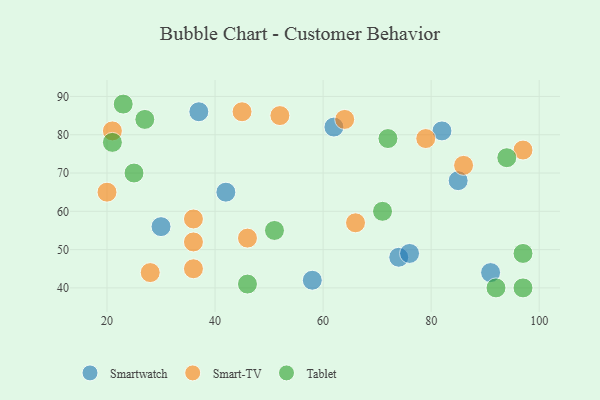
{"axis": {"x": "GDP", "y": "Life Expectancy"}, "legend": ["Smart-TV", "Smartwatch", "Tablet"], "data": [{"x": "62", "y": 82, "type": "Smartwatch"}, {"x": "74", "y": 48, "type": "Smartwatch"}, {"x": "37", "y": 86, "type": "Smartwatch"}, {"x": "85", "y": 68, "type": "Smartwatch"}, {"x": "91", "y": 44, "type": "Smartwatch"}, {"x": "30", "y": 56, "type": "Smartwatch"}, {"x": "58", "y": 42, "type": "Smartwatch"}, {"x": "82", "y": 81, "type": "Smartwatch"}, {"x": "76", "y": 49, "type": "Smartwatch"}, {"x": "42", "y": 65, "type": "Smartwatch"}, {"x": "36", "y": 52, "type": "Smart-TV"}, {"x": "28", "y": 44, "type": "Smart-TV"}, {"x": "79", "y": 79, "type": "Smart-TV"}, {"x": "86", "y": 72, "type": "Smart-TV"}, {"x": "46", "y": 53, "type": "Smart-TV"}, {"x": "66", "y": 57, "type": "Smart-TV"}, {"x": "21", "y": 81, "type": "Smart-TV"}, {"x": "45", "y": 86, "type": "Smart-TV"}, {"x": "97", "y": 76, "type": "Smart-TV"}, {"x": "64", "y": 84, "type": "Smart-TV"}, {"x": "52", "y": 85, "type": "Smart-TV"}, {"x": "20", "y": 65, "type": "Smart-TV"}, {"x": "36", "y": 45, "type": "Smart-TV"}, {"x": "36", "y": 58, "type": "Smart-TV"}, {"x": "94", "y": 74, "type": "Tablet"}, {"x": "97", "y": 40, "type": "Tablet"}, {"x": "23", "y": 88, "type": "Tablet"}, {"x": "51", "y": 55, "type": "Tablet"}, {"x": "25", "y": 70, "type": "Tablet"}, {"x": "71", "y": 60, "type": "Tablet"}, {"x": "72", "y": 79, "type": "Tablet"}, {"x": "92", "y": 40, "type": "Tablet"}, {"x": "21", "y": 78, "type": "Tablet"}, {"x": "97", "y": 49, "type": "Tablet"}, {"x": "46", "y": 41, "type": "Tablet"}, {"x": "27", "y": 84, "type": "Tablet"}]}